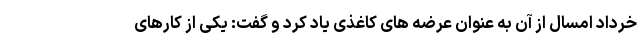
خرداد امسال از آن به عنوان عرضه های کاغذی یاد کرد و گفت: یکی از کارهای